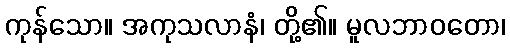
ကုန်သော။ အကုသလာနံ၊ တို့၏။ မူလဘာဝတော၊